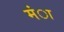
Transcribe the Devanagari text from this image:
मंा